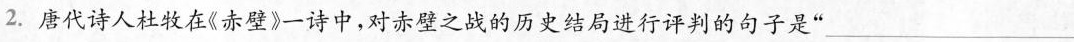
2.唐代诗人杜牧在《赤壁》一诗中，对赤壁之战的历史结局进行评判的句子是”___。